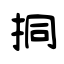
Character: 挏